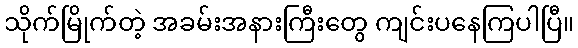
သိုက်မြိုက်တဲ့ အခမ်းအနားကြီးတွေ ကျင်းပနေကြပါပြီ။